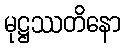
မုဋ္ဌဿတိနော